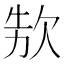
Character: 𣢳